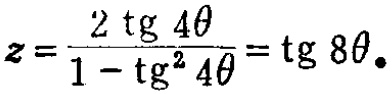
\(z = \frac{2 \operatorname{tg} 4\theta}{1 - \operatorname{tg}^{2} 4\theta} = \operatorname{tg} 8\theta.\)